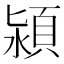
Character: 潁